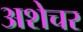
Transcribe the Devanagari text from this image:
अशेचर